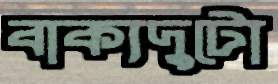
বাক্যদুটো